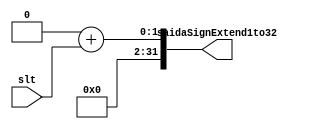
module SignExtend1to32(
input wire slt,
output reg [31:0] saidaSignExtend1to32
);

always @(*) begin
  saidaSignExtend1to32 = (32'b00000000000000000000000000000000 + slt);
end

endmodule